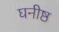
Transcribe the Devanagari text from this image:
घनीष्ठ